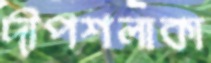
দীপশলাকা